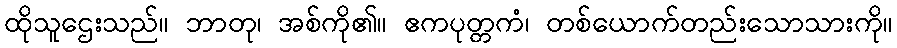
ထိုသူဌေးသည်။ ဘာတု၊ အစ်ကို၏။ ဧကပုတ္တကံ၊ တစ်ယောက်တည်းသောသားကို။